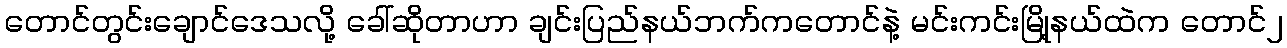
တောင်တွင်းချောင်ဒေသလို့ ခေါ်ဆိုတာဟာ ချင်းပြည်နယ်ဘက်ကတောင်နဲ့ မင်းကင်းမြို့နယ်ထဲက တောင်၂